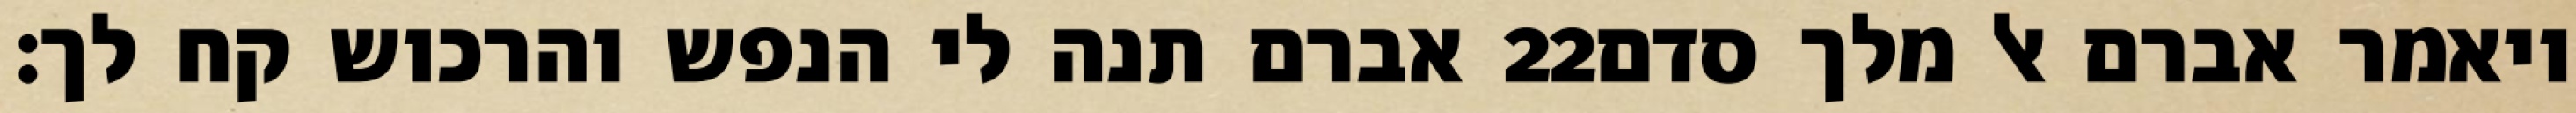
אברם תנה לי הנפש והרכוש קח לך׃ ‎22‏ ויאמר אברם אל מלך סדם